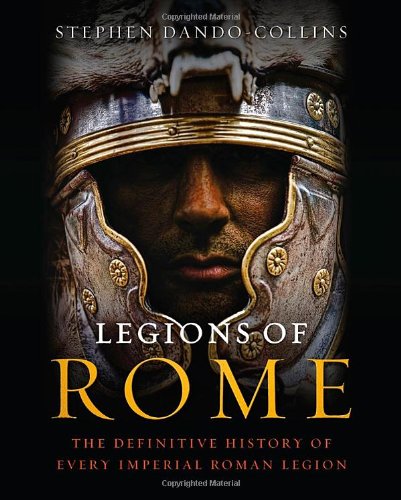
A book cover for Legions of Rome: The Definitive History of Every Imperial Roman Legion; Stephen Dando-Collins; History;